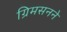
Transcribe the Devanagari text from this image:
ग्रिमसनने